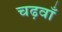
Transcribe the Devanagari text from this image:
चढ़वाँ